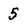
Character: 5